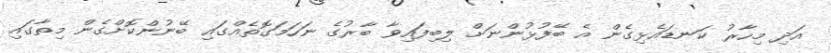
އަދި މިހާރު ކަނޑައެޅިގެން އެ ބޭފުޅުންނަށް ލިބިފައިވާ ބާރުގެ ނަހަމަގޮތެއްގައި ބޭނުންކޮށްގެން މިތާގައި